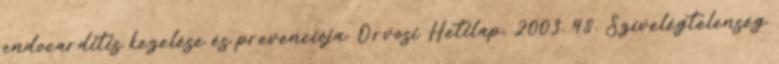
endocarditis kezelése és prevenciója. Orvosi Hetilap, 2003. 48. Szívelégtelenség